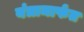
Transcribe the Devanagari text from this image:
यंत्रामार्फत